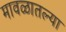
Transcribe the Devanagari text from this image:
मावळातल्या